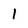
Character: 1